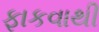
ફાકવાથી